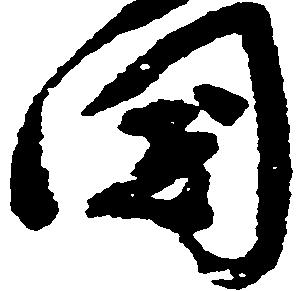
国